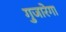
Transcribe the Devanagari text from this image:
गुजारेगा